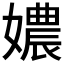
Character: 𡢿